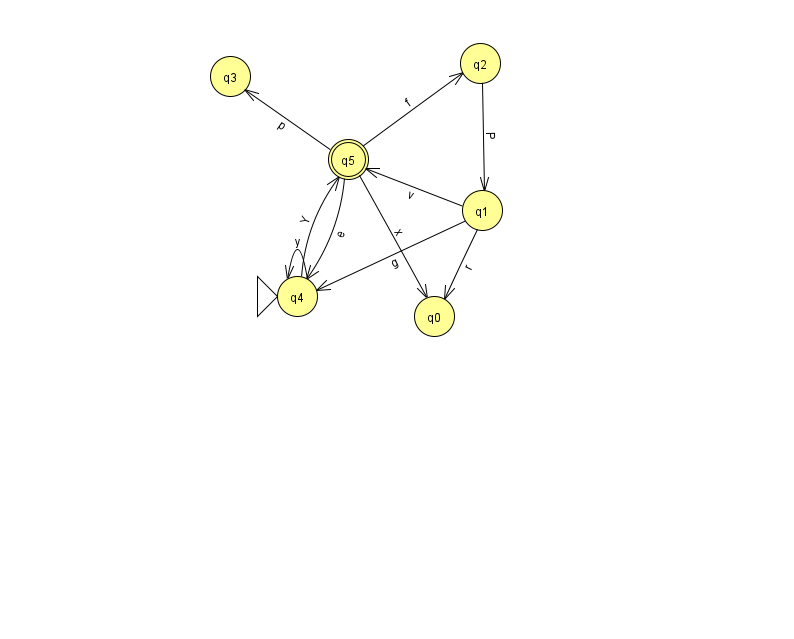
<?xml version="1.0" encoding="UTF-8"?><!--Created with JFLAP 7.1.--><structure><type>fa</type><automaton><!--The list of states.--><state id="0" name="q0"><x>434.0</x><y>303.0</y></state><state id="1" name="q1"><x>482.0</x><y>197.0</y></state><state id="2" name="q2"><x>480.0</x><y>50.0</y></state><state id="3" name="q3"><x>230.0</x><y>63.0</y></state><state id="4" name="q4"><x>297.0</x><y>283.0</y><initial/></state><state id="5" name="q5"><x>348.0</x><y>146.0</y><final/></state><!--The list of transitions.--><transition><from>5</from><to>0</to><read>x</read></transition><transition><from>2</from><to>1</to><read>P</read></transition><transition><from>1</from><to>0</to><read>r</read></transition><transition><from>5</from><to>4</to><read>e</read></transition><transition><from>4</from><to>4</to><read>y</read></transition><transition><from>5</from><to>3</to><read>p</read></transition><transition><from>4</from><to>5</to><read>Y</read></transition><transition><from>5</from><to>2</to><read>f</read></transition><transition><from>1</from><to>4</to><read>g</read></transition><transition><from>1</from><to>5</to><read>v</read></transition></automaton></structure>